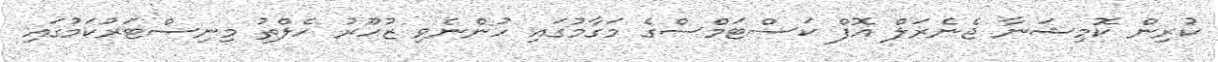
ކުރިން ކޮމިޝަނާ ޖެނެރަލް އޮފް ކަސްޓަމްސްގެ މަގާމުގައި ހުންނެވި ޒުހޫރު ހެލްތު މިނިސްޓަރުކަމުގައި